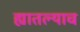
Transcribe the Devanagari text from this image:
ह्यातल्याच